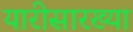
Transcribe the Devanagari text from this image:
यारीसारख्या